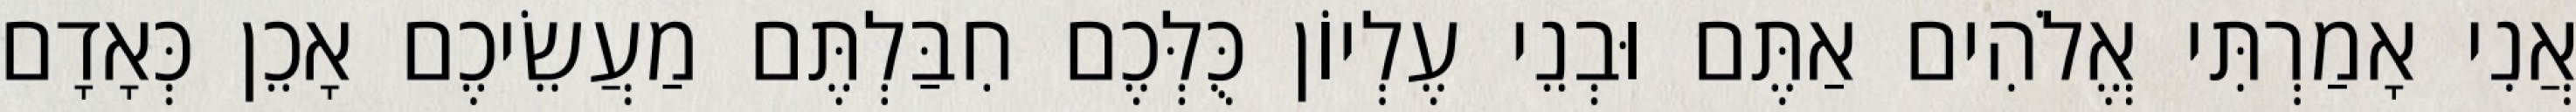
אֲנִי אָמַרְתִּי אֱלֹהִים אַתֶּם וּבְנֵי עֶלְיוֹן כֻּלְּכֶם חִבַּלְתֶּם מַעֲשֵׂיכֶם אָכֵן כְּאָדָם